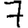
Digit: 7